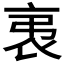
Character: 𧘨